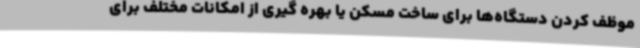
موظف کردن دستگاه‌ها برای ساخت مسکن یا بهره گیری از امکانات مختلف برای